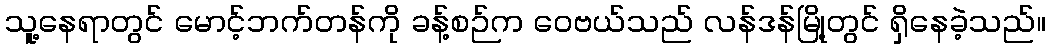
သူ့နေရာတွင် မောင့်ဘက်တန်ကို ခန့်စဉ်က ဝေဗယ်သည် လန်ဒန်မြို့တွင် ရှိနေခဲ့သည်။